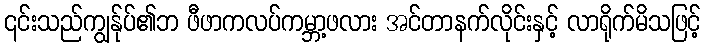
၎င်းသည်ကျွန်ုပ်၏ဘ ဖီဖာကလပ်ကမ္ဘာ့ဖလား အင်တာနက်လိုင်းနှင့် လာရိုက်မိသဖြင့်